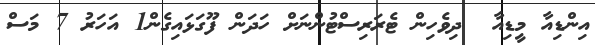
އިންޑިއާ މީޑިއާ  ދިވެހިން ޓެރަރިސްޓުންނަށް ހަދަން ފޫގަޅައިގެން1 އަހަރު 7 މަސް